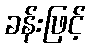
ခန်းဖြင့်